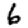
Digit: 6